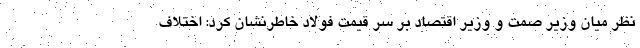
نظر میان وزیر صمت و وزیر اقتصاد بر سر قیمت فولاد خاطرنشان کرد: اختلاف